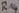
Text: R14